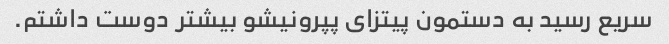
سریع رسید به دستمون پیتزای پپرونیشو بیشتر دوست داشتم.